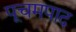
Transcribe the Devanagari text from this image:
पूचमपाद